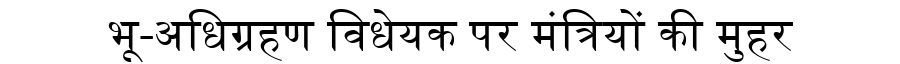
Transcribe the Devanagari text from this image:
भू-अधिग्रहण विधेयक पर मंत्रियों की मुहर